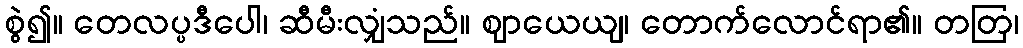
စွဲ၍။ တေလပ္ပဒီပေါ၊ ဆီမီးလျှံသည်။ ဈာယေယျ၊ တောက်လောင်ရာ၏။ တတြ၊